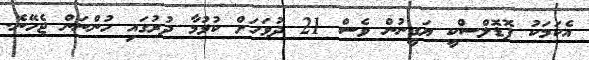
އެކަމަކު ޕޮޑޮލްސްކީ ޔަގީނުން ވެސް 21 ދުވަހަށް ކުޅުމާ ދުރުގައި ހުންނަން ޖެހޭނެ.